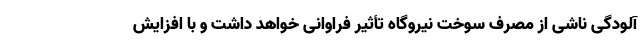
آلودگی ناشی از مصرف سوخت نیروگاه تأثیر فراوانی خواهد داشت و با افزایش